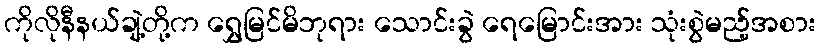
ကိုလိုနီနယ်ချဲ့တို့က ရွှေမြင်မိဘုရား သောင်းခွဲ ရေမြောင်းအား သုံးစွဲမည့်အစား